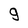
Character: g